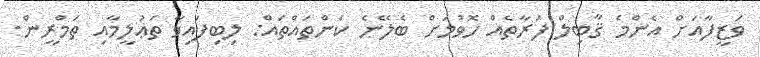
ވަޒީފާއަށް އެންމެ ޤާބިލް ފަރާތެއް ހޮވުމަށް ބެލޭނެ ކަންތައްތައް: ލިބިފައިވާ ތަޢުލީމާއި ތަމްރީން.